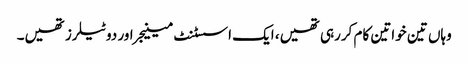
وہاں تین خواتین کام کررہی تھیں، ایک اسسٹنٹ مینیجر اور دو ٹیلرز تھیں۔